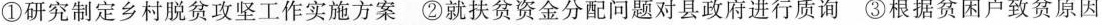
①研究制定乡村脱贫攻坚工作实施方案②就扶贫资金分配问题对县政府进行质询③根据贫困户致贫原因